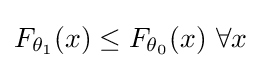
F_{\theta _{1}}(x)\leq F_{\theta _{0}}(x)~\forall x\